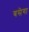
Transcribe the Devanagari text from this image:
बसेगा